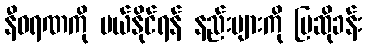
နီဝရဏကို ပယ်နိုင်ရန် နည်းများကို ပြဆိုခန်း